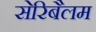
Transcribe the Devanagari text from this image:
सेरिबैलम